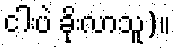
ငါးပဲ ခိုးလာသူ)။